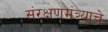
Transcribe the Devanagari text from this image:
संरक्षणमंत्र्याचे